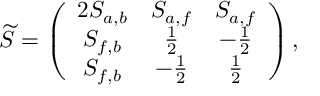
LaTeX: \widetilde { S } = \left( \begin{array} { c c c } { { 2 S _ { a , b } } } & { { S _ { a , f } } } & { { S _ { a , f } } } \\ { { S _ { f , b } } } & { { \frac { 1 } { 2 } } } & { { - \frac { 1 } { 2 } } } \\ { { S _ { f , b } } } & { { - \frac { 1 } { 2 } } } & { { \frac { 1 } { 2 } } } \end{array} \right) ,